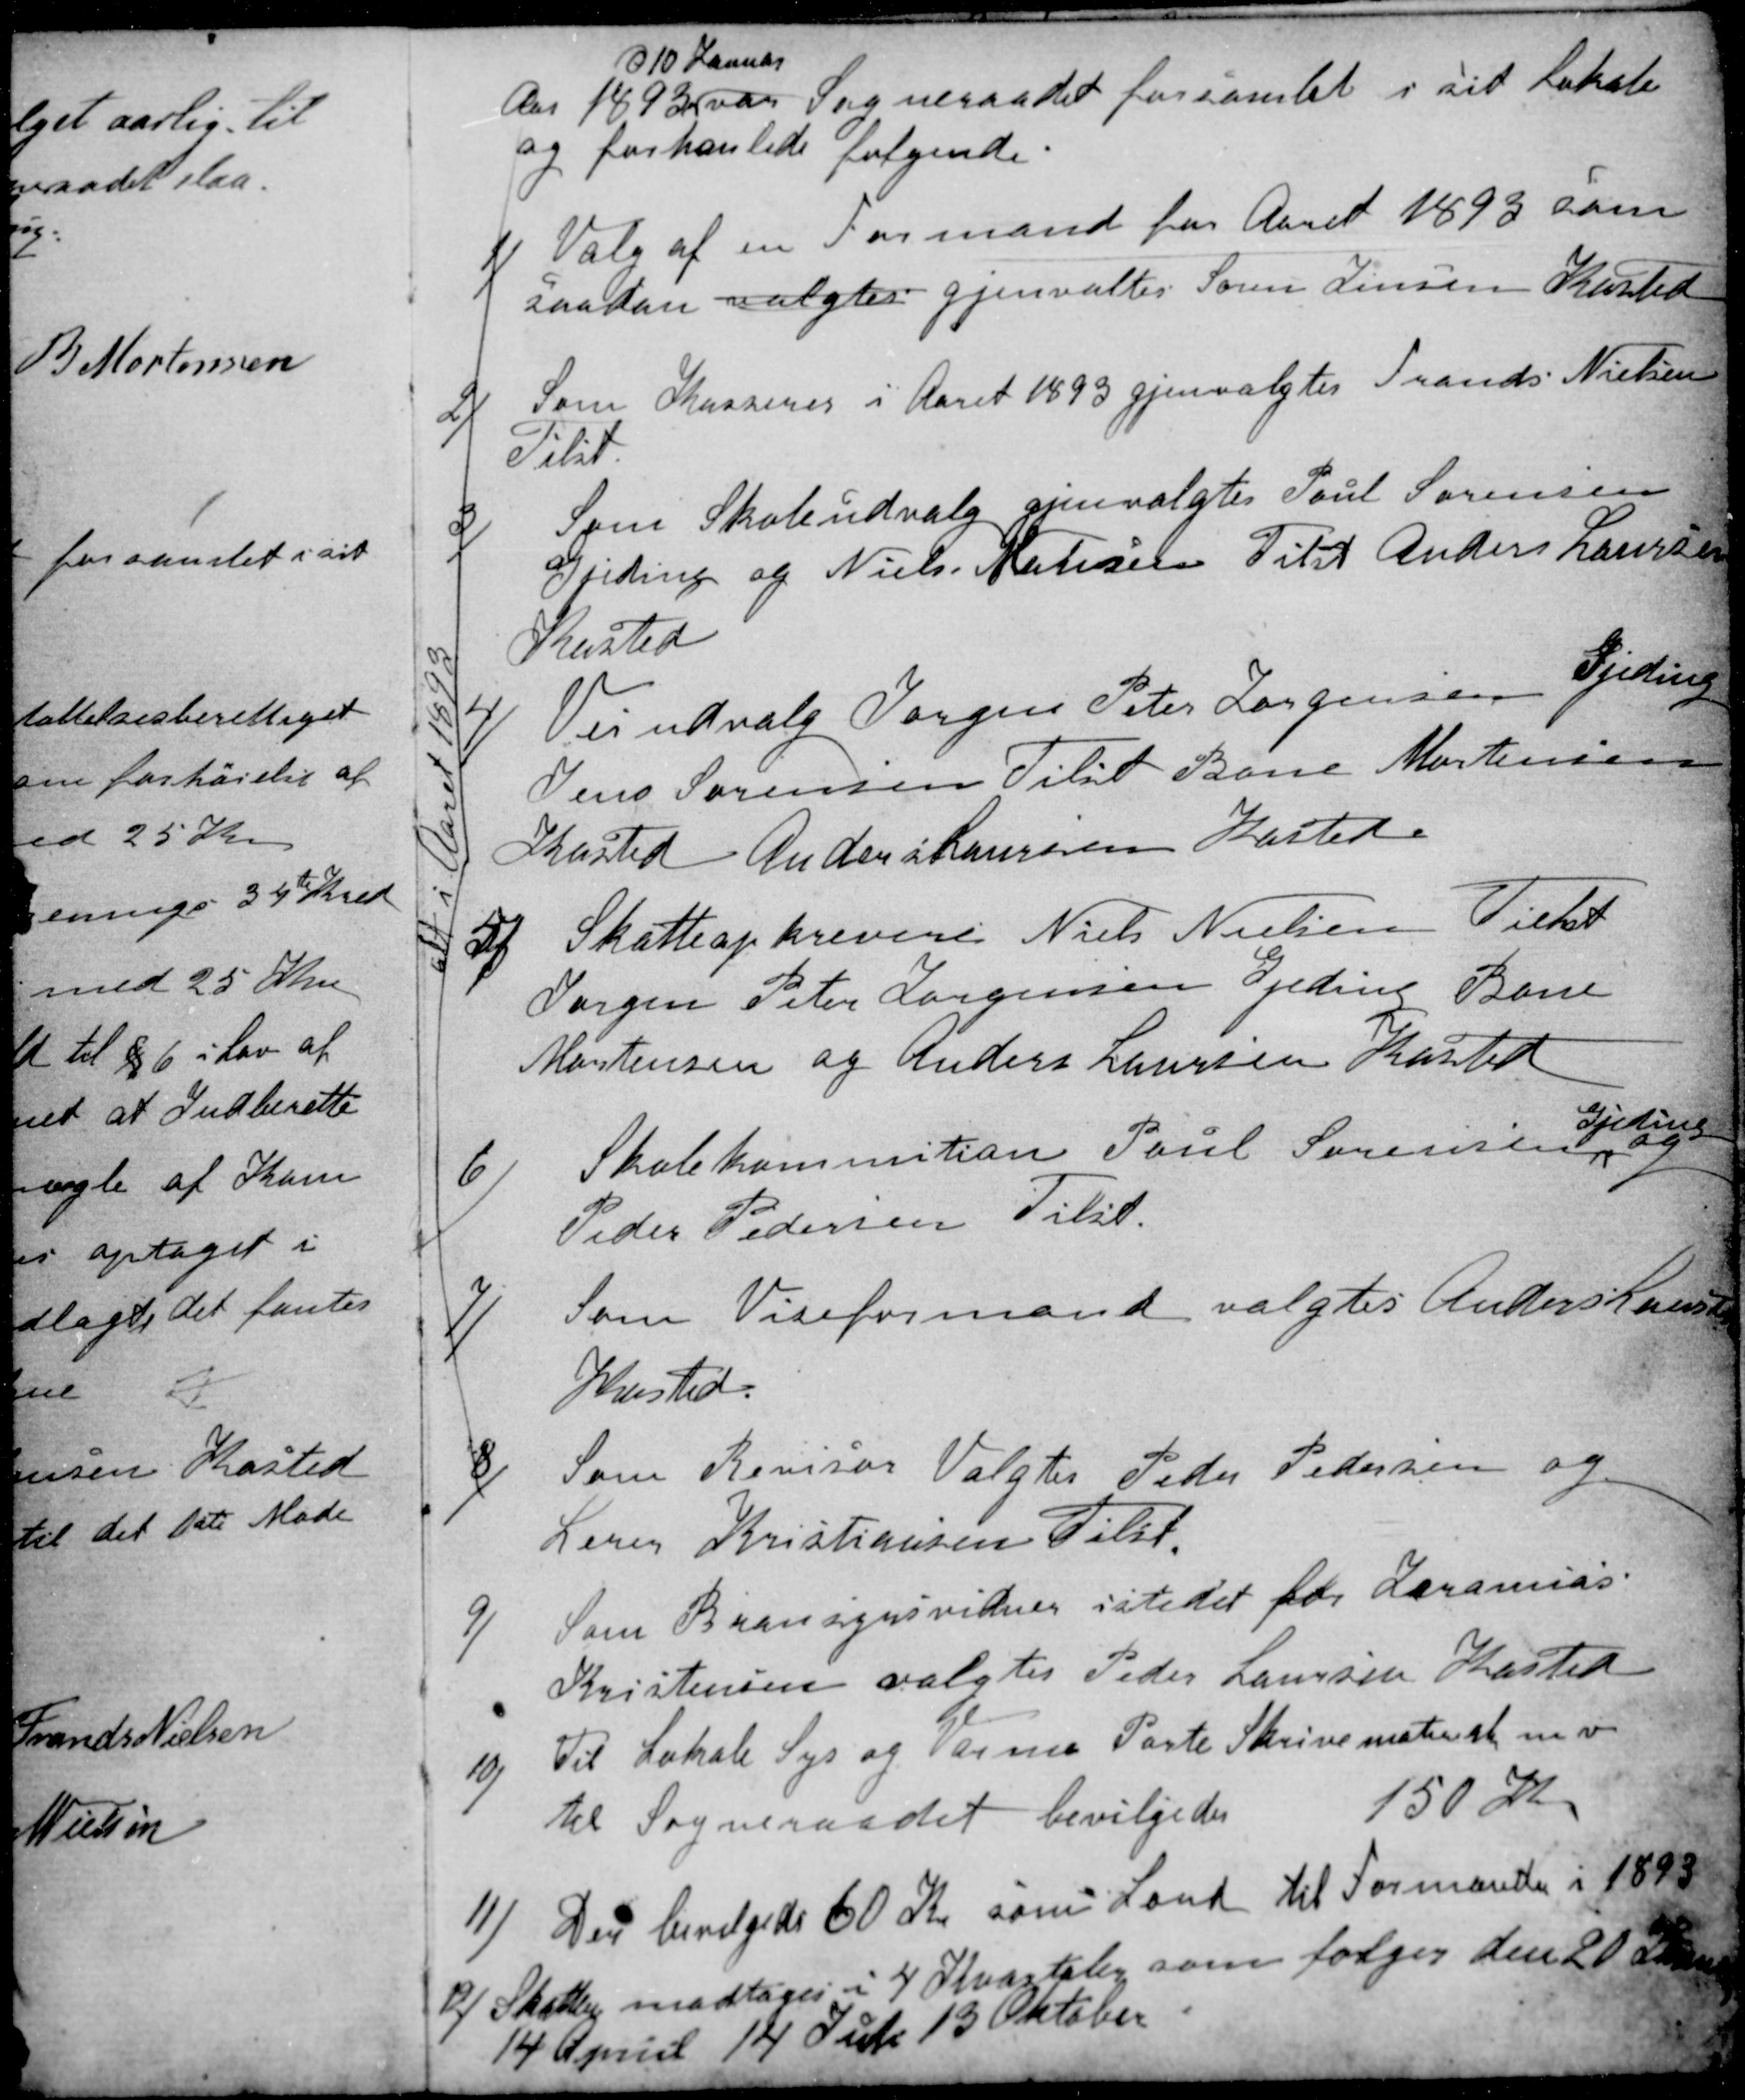
Transskription:
d 10 Januar
Aar 1893
var Sogneraadet forsamlet i sit Lokale
og forhanlede følgende.
1)
Valg af en Formand for Aaret 1893 som
saadan valgtes gjenvaltes Søren Jensen Kasted
2)
Som Kasserer i Aaret 1893 gjenvalgtes Frands Nielsen
Tilst.
3)
Som Skoleudvalg gjenvalgtes Poul Sørensen
Gjeding og Niels Matisen Tilst Anders Laursen
Kasted
4)
Veiudvalg Jørgen Peter Jørgensen Gjeding
Jens Sørensen Tilst Rone Mortensen
Kasted Anders Laursen Kasted.
5)
Skatteopkrevere Niels Nielsen Tilst
Jørgen Peter Jørgensen Gjeding Rone
Mortensen og Anders Laursen Kasted
6)
Skolekommition Poul Sørensen 
Gjeding
og
Peder Pedersen Tilst.
7)
Som Viseformand valgtes Anders Laursen
Kasted.
8)
Som Revisor Valgtes Peder Pedersen og
Lærer Kristiansen Tilst.
9)
Som Bransynsvidner istedet for Jeramias
Kristensen valgtes Peder Laursen Kasted
10)
Til Lokale Lys og Varme Porto Skrivemateriel m. v.
til Sogneraadet bevilgedes 150 K
11)
Der bevilgedes 60 Kr som Lønd til Formanden i 1893
12)
Skatter modtages i 4 Kvartaler som følger den 20 Januar
14 April 14 Juli 13 Oktober
alt i Aaret 1893